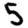
Digit: 5